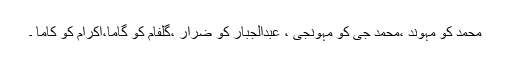
محمد کو مہوند ،محمد جی کو مہونجی ، عبدالجبار کو ضرار ،گلفام کو گاما،اکرام کو کاما ۔